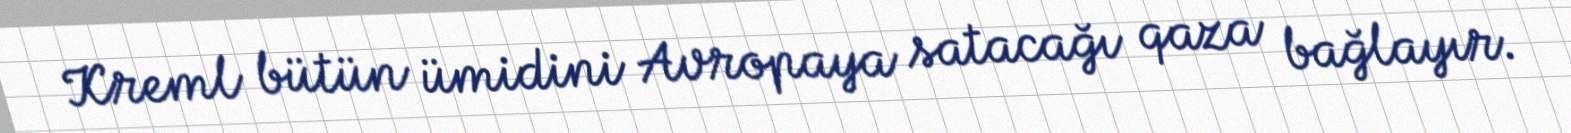
Kreml bütün ümidini Avropaya satacağı qaza bağlayır.